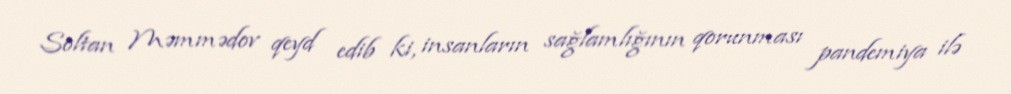
Soltan Məmmədov qeyd edib ki, insanların sağlamlığının qorunması pandemiya ilə